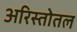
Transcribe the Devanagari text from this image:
अरिस्तोतल